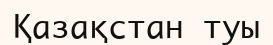
Қазақстан туы